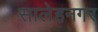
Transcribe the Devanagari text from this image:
सालेहनगर